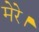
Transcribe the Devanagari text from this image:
मेरे।